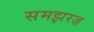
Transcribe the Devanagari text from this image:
समझरज़